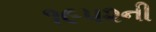
૧૯૫૨ની